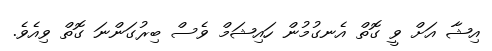
އިޝާ އަށް ވީ ގޮތް އެނގުމުން ހައިޝަމް ވެސް ބިރުގަންނަ ގޮތް ވިއެވެ.